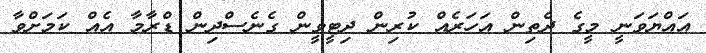
އައްޔަވަނީ މީގެ ދެތިން އަހަރެއް ކުރިން ދިޓީވީން ގެނެސްދިން ޑްރާމާ އެއް ކަމަށްވާ